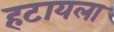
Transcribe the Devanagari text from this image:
हटायला